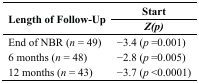
| <ROWSPAN=2> Length of Follow-Up | Start |
 | Z(p) |
 | --- | --- |
 | End of NBR (n = 49) | −3.4 (p =0.001) |
 | 6 months (n = 48) | −2.8 (p =0.005) |
 | 12 months (n = 43) | −3.7 (p <0.0001) |